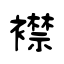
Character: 襟